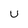
Character: U